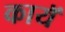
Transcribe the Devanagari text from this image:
कायॅ